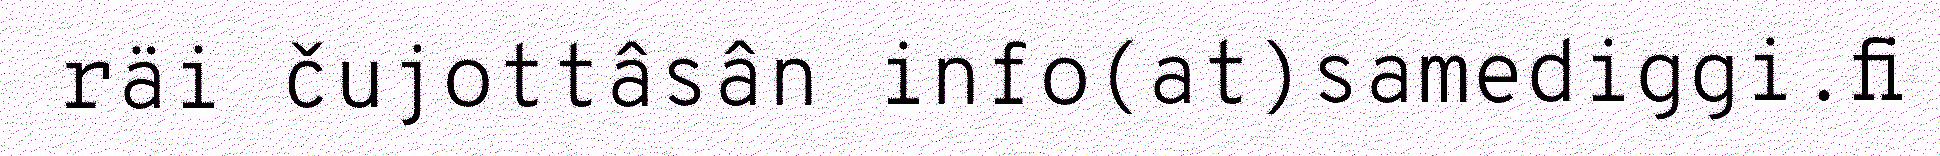
räi čujottâsân info(at)samediggi.fi